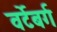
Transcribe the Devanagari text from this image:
वर्टेबर्ग